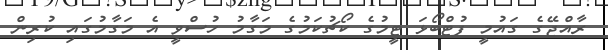
ރާއްޖޭގެ ގައުމީ ފުޓްބޯޅަ ޓީމުގެ ކޯޗުކަމުގެ މަގާމު ހުސްވީ އެ މަގާމުގައި ކުރިން